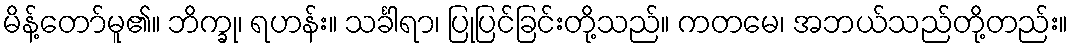
မိန့်တော်မူ၏။ ဘိက္ခု၊ ရဟန်း။ သင်္ခါရာ၊ ပြုပြင်ခြင်းတို့သည်။ ကတမေ၊ အဘယ်သည်တို့တည်း။